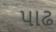
પાઢ